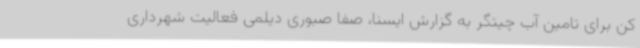
کن برای تامین آب چیتگر به گزارش ایسنا، صفا صبوری دیلمی فعالیت شهرداری